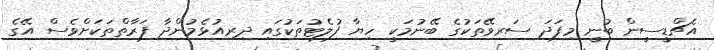
އެޗްޑީސީން ބުނީ މިފަދަ ސަރވޭތަކުގެ ބޭނުމަކީ ހިޔާ ފުލެޓުތަކުގައި ދިރިއުޅެމުންދާ ފަރާތްތަކަށްވެސް އޭގެ